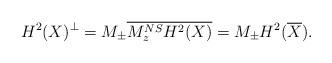
LaTeX: \begin{align*}H^2(X)^\perp = M_{\pm} \overline{M_z^{NS} H^2(X)} = M_{\pm} H^2(\overline{X}).\end{align*}